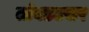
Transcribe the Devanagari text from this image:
तांबडटसर